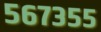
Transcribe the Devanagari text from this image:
५६७३५५